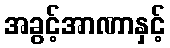
အခွင့်အာဏာနှင့်